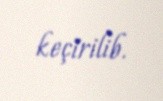
keçirilib.